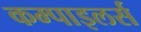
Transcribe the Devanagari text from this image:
कम्पाइलर्स